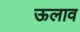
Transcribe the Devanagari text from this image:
ऊलाव